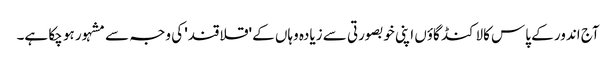
آج اندور کے پاس کالاکنڈ گاؤں اپنی خوبصورتی سے زیادہ وہاں کے 'قلاقند' کی وجہ سے مشہور ہو چکا ہے۔